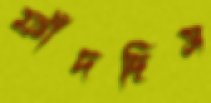
ফাঁদছিস